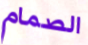
الصمام